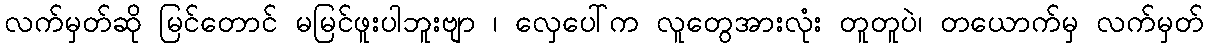
လက်မှတ်ဆို မြင်တောင် မမြင်ဖူးပါဘူးဗျာ ၊ လှေပေါ်က လူတွေအားလုံး တူတူပဲ၊ တယောက်မှ လက်မှတ်